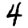
Digit: 4